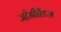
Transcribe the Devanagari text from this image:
जीसीबैंडज़